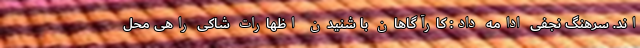
اند. سرهنگ نجفی ادامه داد: کارآگاهان با شنیدن اظهارات شاکی راهی محل